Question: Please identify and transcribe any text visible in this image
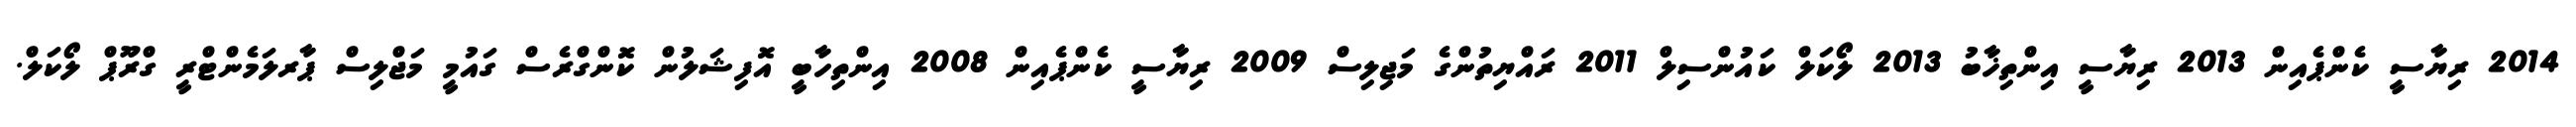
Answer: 2014 ރިޔާސީ ކެންޕެއިން 2013 ރިޔާސީ އިންތިޚާބު 2013 ލޯކަލް ކައުންސިލް 2011 ރައްޔިތުންގެ މަޖިލިސް 2009 ރިޔާސީ ކެންޕެއިން 2008 އިންތިހާބީ އޮފިޝަލުން ކޮންގްރެސް ގައުމީ މަޖްލިސް ޕާރލަމެންޓްރީ ގްރޫޕް ލޯކަލް.